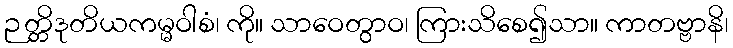
ဉတ္တိဒုတိယကမ္မဝါစံ၊ ကို။ သာဝေတွာဝ၊ ကြားသိစေ၍သာ။ ကာတဗ္ဗာနိ၊